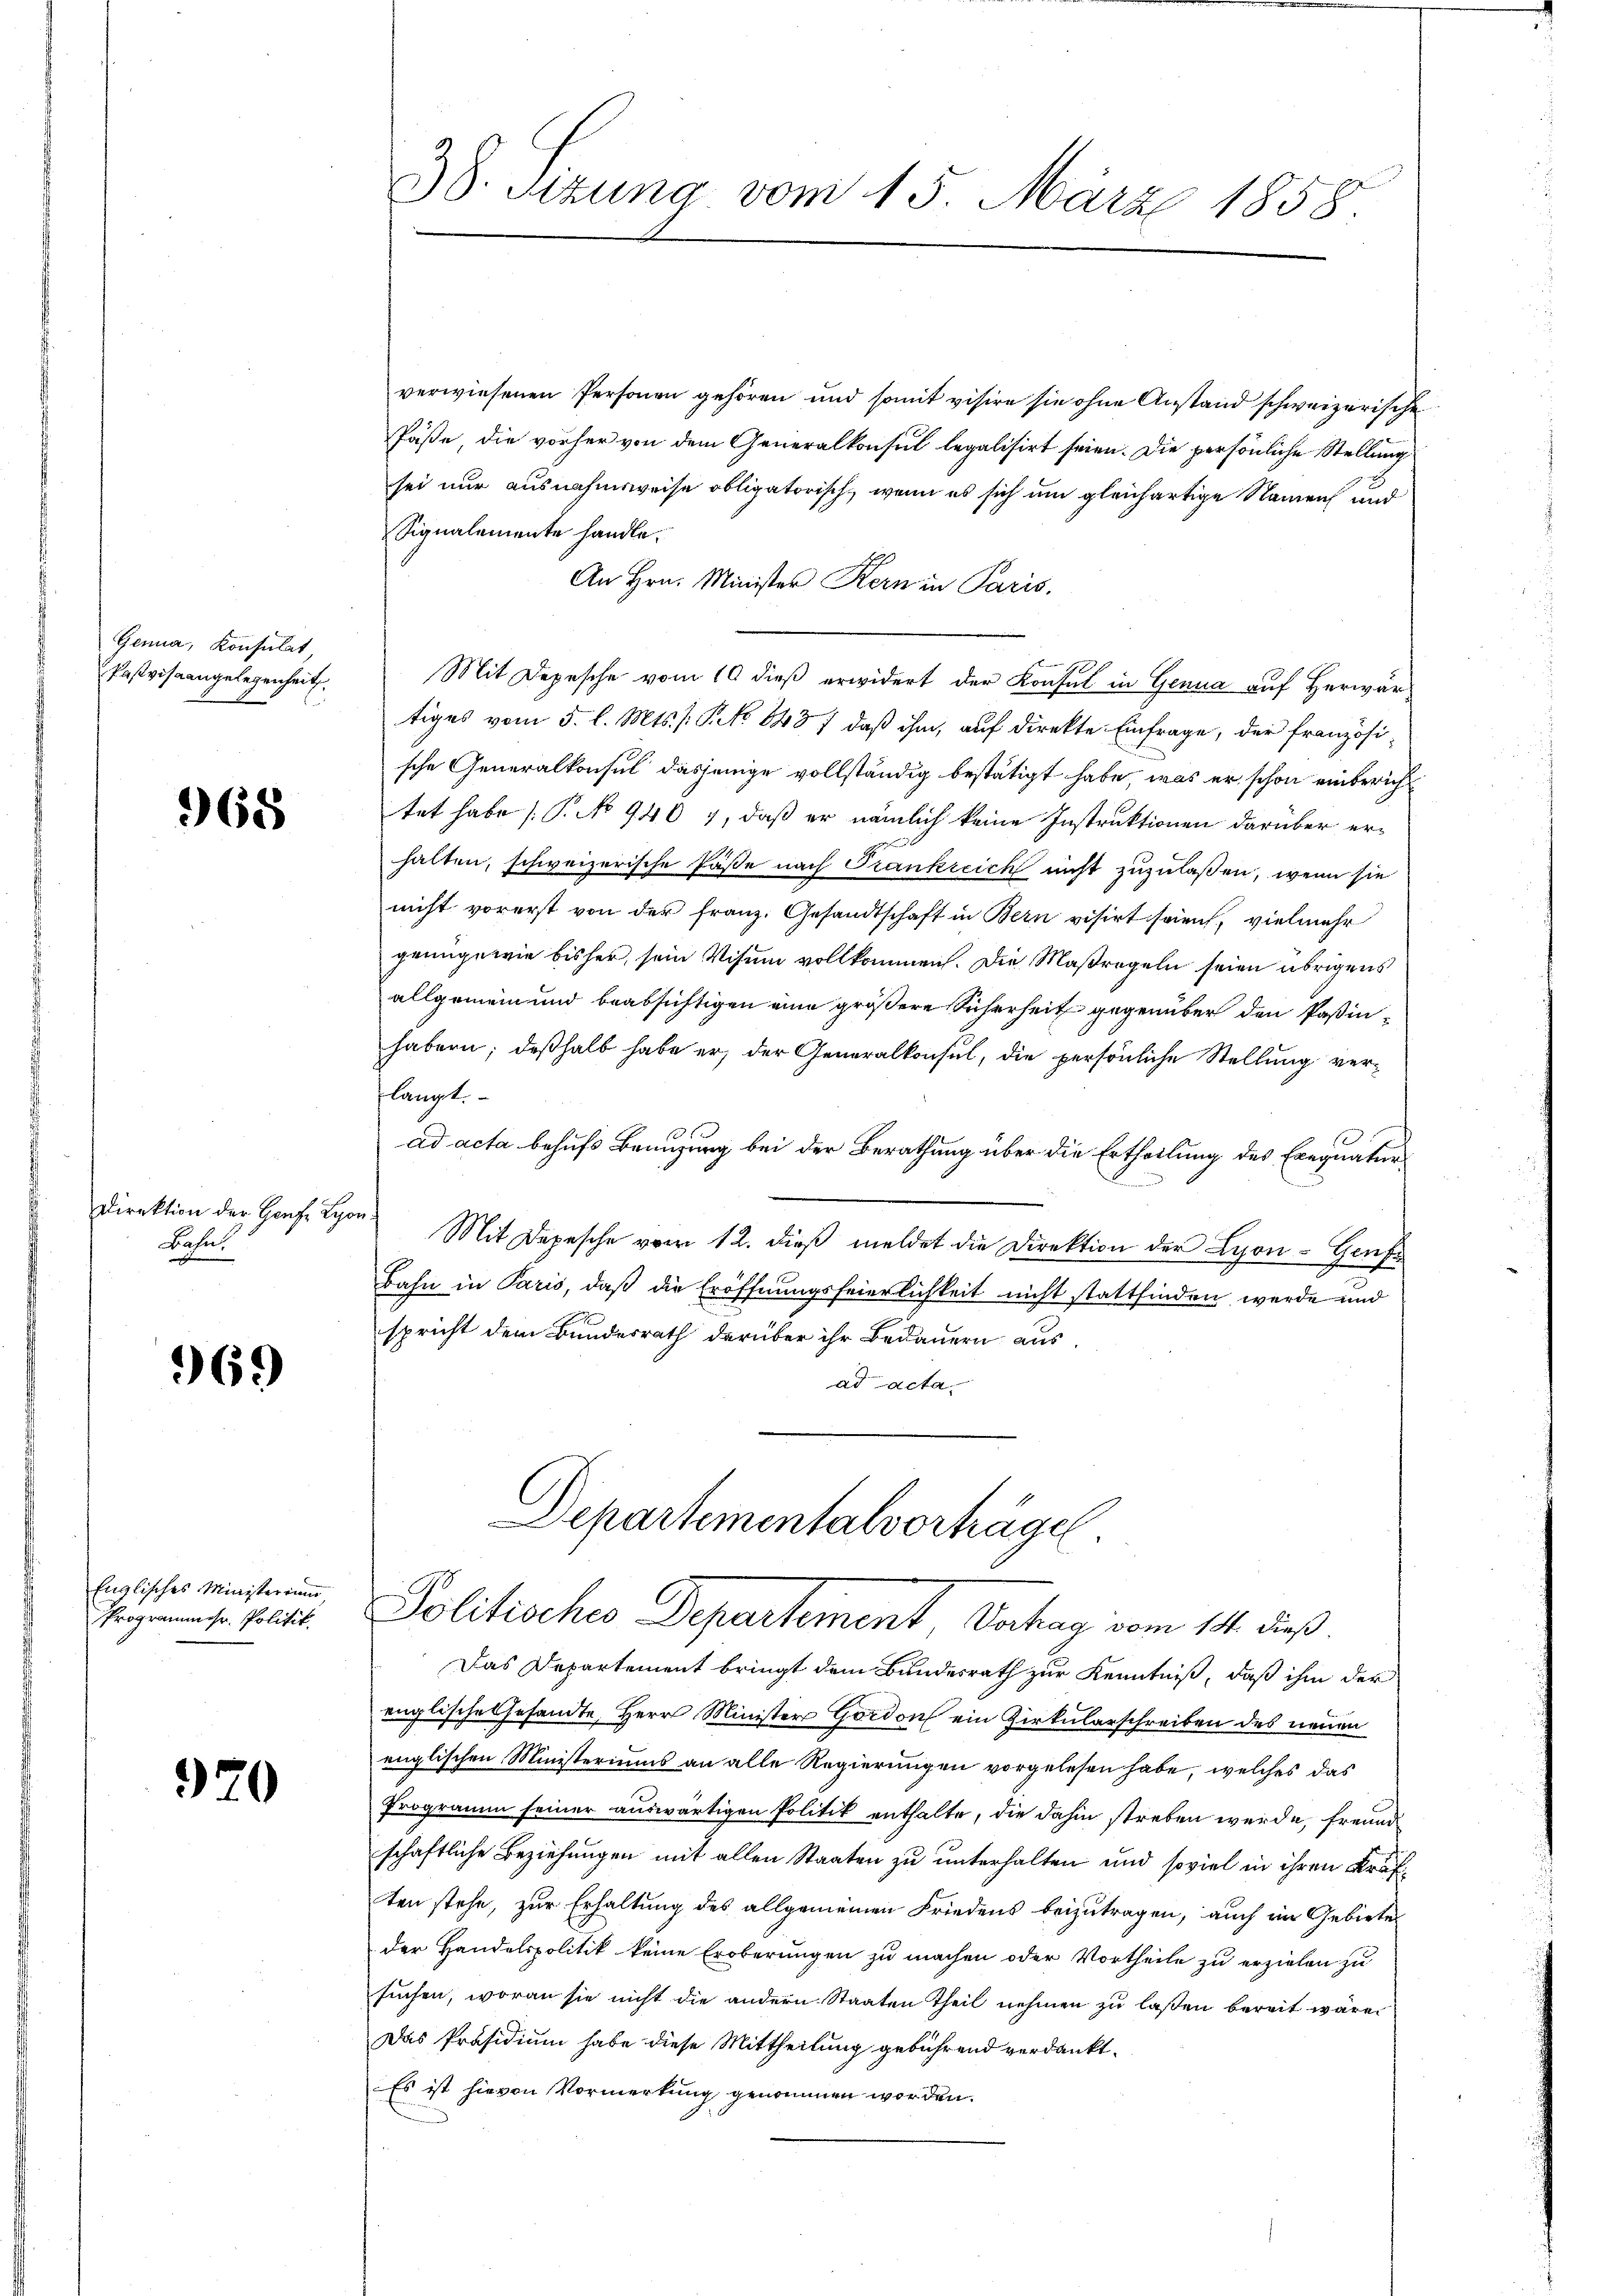
Genua, Konsulat,
Pasviseangelegenheit

968

Direktion der Genf Lyo
Bahn

969

Englisches Ministerium
Programmer. Politik.

920

38. Sizung vom 15. März 1858.

verwiesenen Personen gehören und somit visire sie ohne Anstand schweizerische
Päße, die vorher von dem Generalkonsul legalisirt seien. Die persönliche Stellung
sei nur ausnahmsweise obligatorisch, wenn es sich um gleichartige Namen und
Signalemente handle.
An Hrn. Minister Kern in Paris.
Mit Depesche vom 10 dieß erwidert der Konsul in Genua auf Herwartiges vom 5. l. Mts. s. S. 8437, daß ihm, auf direkte Einfrage, der französi-
sche Generalkonsul dasjenige vollständig bestätigt habe, was er schon einbericht
tet habe (T. No 940 7, daß er nämlich keine Instruktionen darüber erhalten, schweizerische Pässe nach Trankicich nicht zuzulaßen, wenn sie
nicht vorerst von der franz. Gesandtschaft in Bern visirt seien, vielmehr
genüge wie bisher, sein Visum vollkommen. Die Maßregeln seien übrigens
allgemein und beabsichtigen eine größere Sicherheit gegenüber den Paßinhabern; deßhalb habe er, der Generalkonsul, die persönliche Stellung verlangt.
ad acta behufs Benuzung bei der Berathung über die Ertheilung des Exequatur
s
Mit Depesche vom 12. dieß meldet die Direktion der Lyon - Genf
Bahn in Paris, daß die Eröffnungsfeierlichkeit nicht stattfinden werde und
spricht dem Bundesrath darüber ihr Bedauern aus
ad acta.
Separtementalverträge.
Politisches Departement, Vahag vom 14. dieß.
Das Departement bringt dem Bundesrath zur Kenntniß, daß ihm der
englische Gesandte, Herr Minister Gordon ein Zirkularschreiben des neuen
englischen Ministeriums an alle Regierungen vorgelesen habe, welches das
Programm seiner auswärtigen Politik enthalte, die dahin streben werde, freund
schaftliche Beziehungen mit allen Staaten zu unterhalten und soviel in ihren Kräften stehe, zur Erhaltung des allgemeinen Friedens beizutragen, auch im Gebiete
der Handelspolitik keine Eroberungen zu machen oder Vortheile zu erzielen zu
suchen, woran sie nicht die andern Staaten Theil nehmen zu laßen bereit wären
Das Präsidium habe diese Mittheilung gebührend verdankt.
Es ist hievon Vormerkung genommen worden.